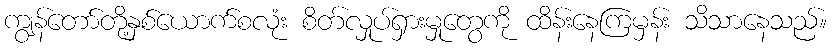
ကျွန်တော်တို့နှစ်ယောက်စလုံး စိတ်လှုပ်ရှားမှုတွေကို ထိန်းနေကြမှန်း သိသာနေသည်။